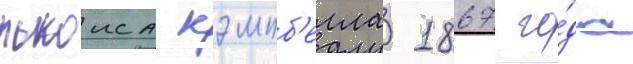
льюиса кэмпб'елла 1867 го́да